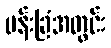
ပန်းခြံအတွင်း